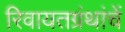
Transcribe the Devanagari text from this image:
रिवायतग्रंथांचें